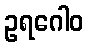
ဥရဂေါဝ